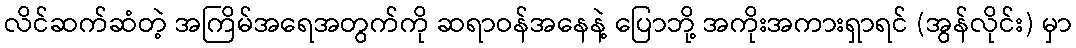
လိင်ဆက်ဆံတဲ့ အကြိမ်အရေအတွက်ကို ဆရာဝန်အနေနဲ့ ပြောဘို့ အကိုးအကားရှာရင် (အွန်လိုင်း) မှာ